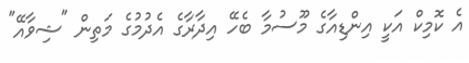
އެ ކޮމިކް އަކީ އިންޑިއާގެ މޫސުމާ ބެހޭ އިދާރާގެ އެދުމުގެ މަތިން "ޝިވާއޭ"